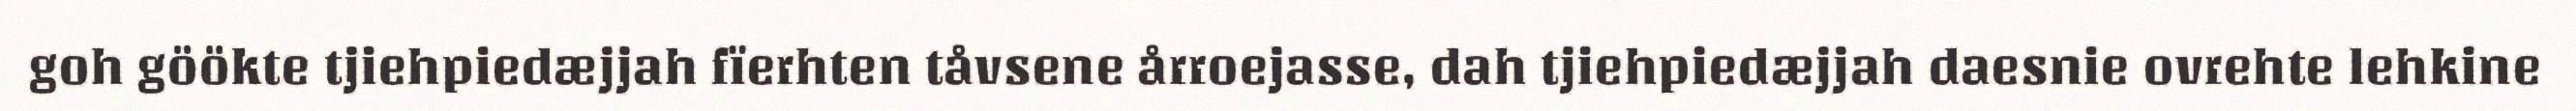
goh göökte tjiehpiedæjjah fïerhten tåvsene årroejasse, dah tjiehpiedæjjah daesnie ovrehte lehkine